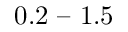
0 . 2 \textrm { -- } 1 . 5